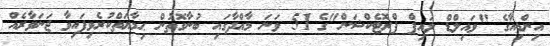
އިންޑިއާގެ "ވައިލްޑް ލައިފް ޕްރޮޓެކްޝަން"ގެ 51 ވަނަ މާއްދާގައި ބުނާގޮތުން ޙިމާޔަތްކުރެވިފައިވާ ޖަނަވާރެއް